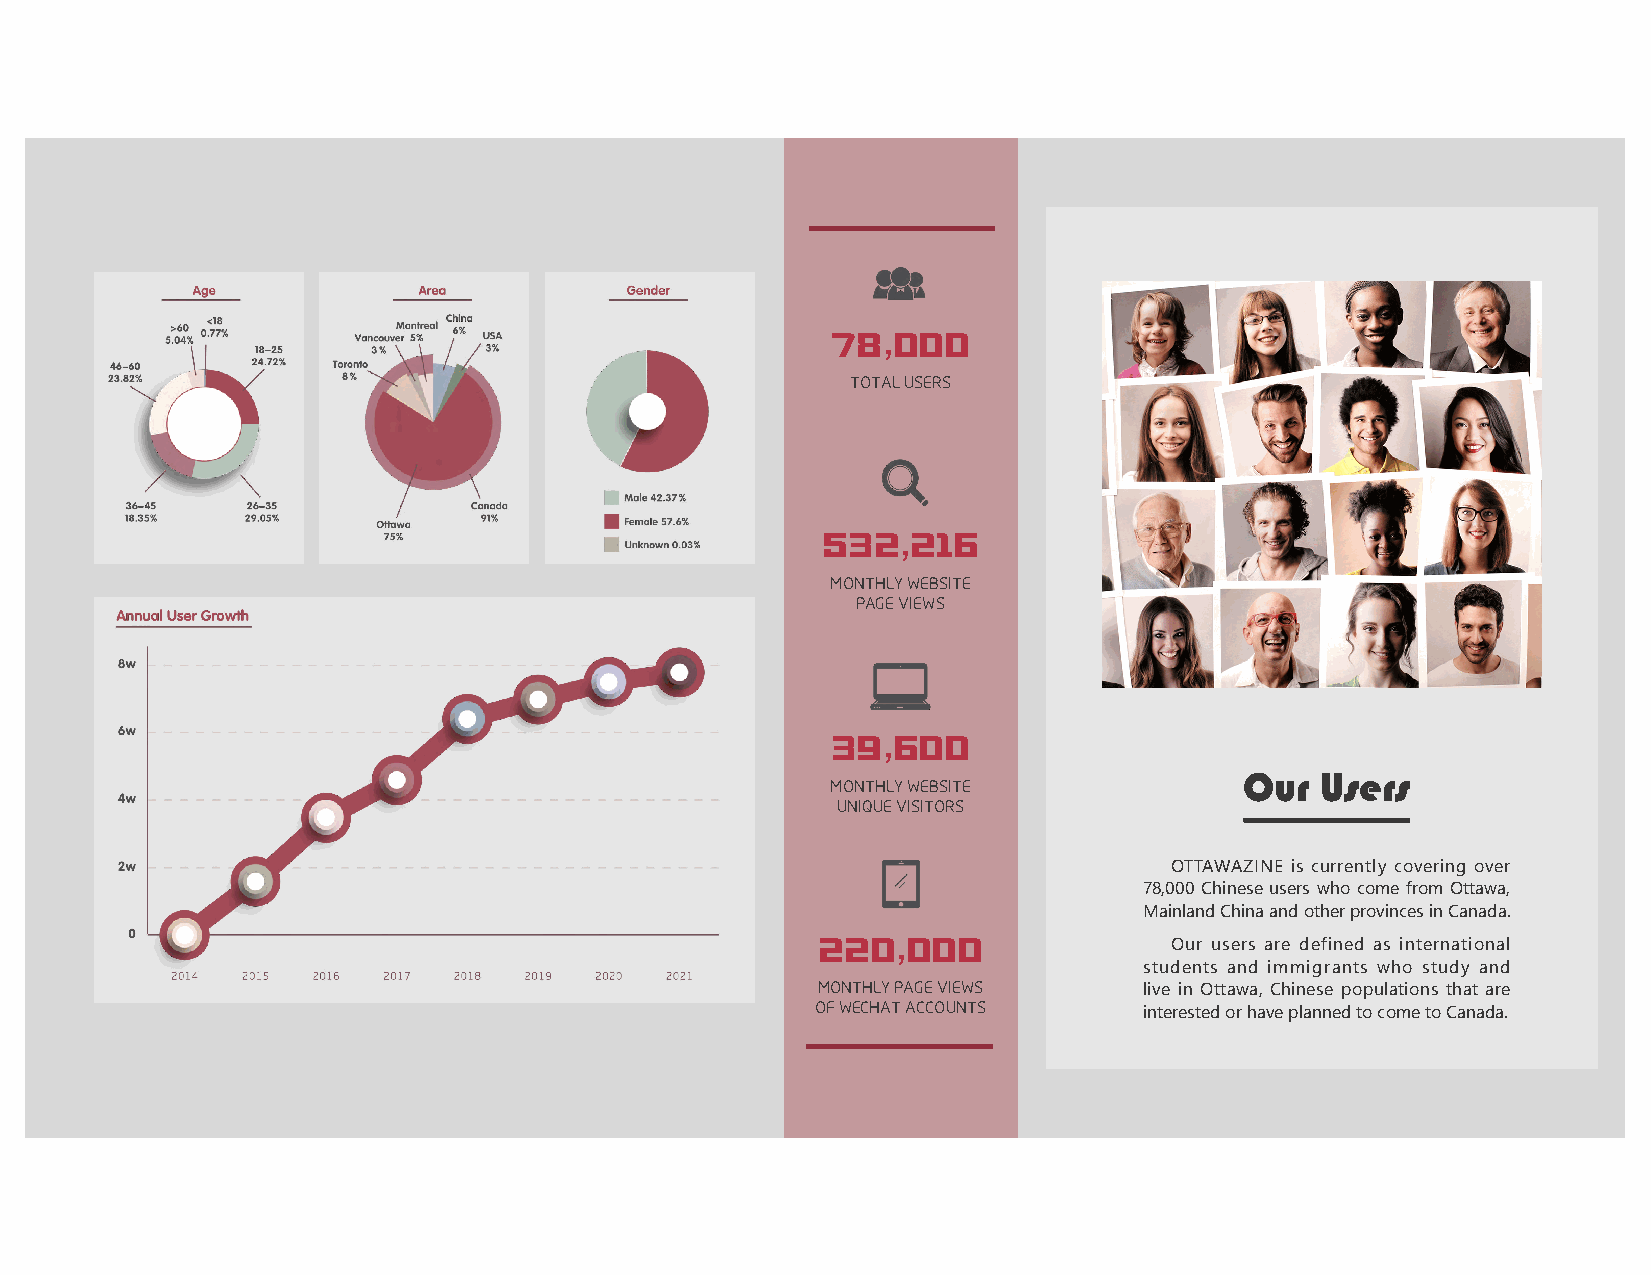
78,000
 TOTAL USERS
 532,216
 MONTHLY WEBSITE
 PAGE VIEWS
 39,600
 Our  Users
 MONTHLY WEBSITE
 UNIQUE VISITORS
 OTTAWAZINE is currently covering over
 78,000 Chinese users who come from Ottawa,
 Mainland China and other provinces in Canada.
 220,000
 Our users are defined as international
 students and immigrants who study and
 MONTHLY PAGE VIEWS    live in Ottawa, Chinese populations that are
 OF WECHAT ACCOUNTS    interested or have planned to come to Canada.